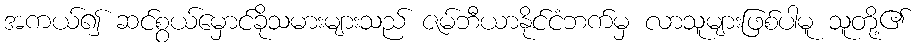
အကယ်၍ ဆင်စွယ်မှောင်ခိုသမားများသည် ဇမ်ဘီယာနိုင်ငံဘက်မှ လာသူများဖြစ်ပါမူ သူတို့၏